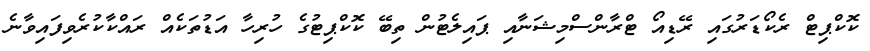
ކޮކްޕިޓް ރެކޯޑަރުގައި ރޭޑިއޯ ޓްރާންސްމިޝަނާއި ޕައިލެޓުން ތިބޭ ކޮކްޕިޓުގެ ހުރިހާ އަޑުތަކެއް ރައްކާކުރެވިފައިވާނެ